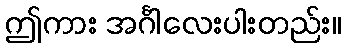
ဤကား အင်္ဂါလေးပါးတည်း။